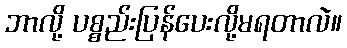
ဘာလို့ ပစ္စည်းပြန်ပေးလို့မရတာလဲ။